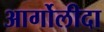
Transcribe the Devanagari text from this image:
आर्गोलीदा